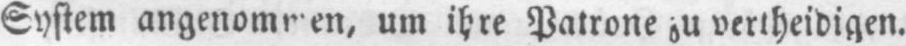
um ihre Patrone zu vertheidigen.